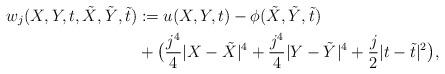
LaTeX: \begin{align*}w_j(X,Y,t,\tilde X,\tilde Y,\tilde t)&:=u(X,Y,t)-\phi(\tilde X,\tilde Y,\tilde t)\\&+\bigl(\frac {j^4}{4}|X-\tilde X|^4+\frac {j^4}{4}|Y-\tilde Y|^4+\frac j2|t-\tilde t|^2\bigr ),\end{align*}